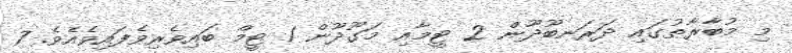
މި މުބާރާތުގައި ދަރަނބޫދޫން 2 ޓީމާއި މަގޫދޫން 1 ޓީމް ބައިވެރިވެފައިވެއެވެ. 7